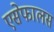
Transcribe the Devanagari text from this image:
एसेफालस